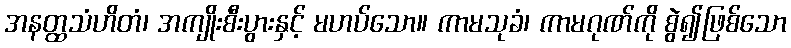
အနတ္ထသံဟိတံ၊ အကျိုးစီးပွားနှင့် မဟပ်သော။ ကာမသုခံ၊ ကာမဂုဏ်ကို စွဲ၍ဖြစ်သော